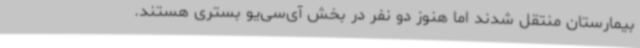
بیمارستان منتقل شدند اما هنوز دو نفر در بخش‌ آی‌سی‌یو بستری هستند.